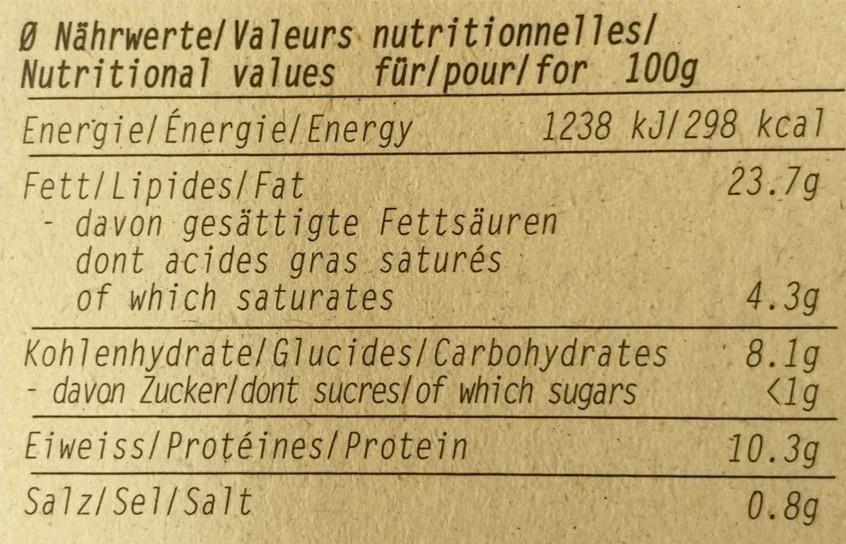
Ø Nährwerte/Valeurs nutritionnelles/ Nutritional values fürlpour/ for 100g
Energiel Energie/ Energy
1238 kJ/298 kcal
23.7g
Fett/Lipides/Fat davon gesättigte Fettsäuren dont acides gras saturés of which saturates
4.3g
KohlenhydratelGlucides/Carbohydrates davon Zucker/ dont sucres/of which sugars
8.1g <lg
Eiweiss/Protéines/Protein
10.3g
Salz/Sel/Salt
0.8g